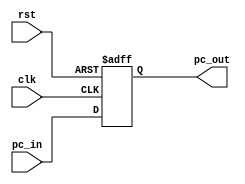
module pc(clk, rst, pc_in, pc_out);
	input clk, rst;
	input [31:0] pc_in;
	output [31:0] pc_out;
	
	//Internal wire
	wire rst;
	
	//Register
	reg [31:0] pc_out;
	
	//Initialize pc_out to 0
	initial begin
		pc_out = 32'd0;
	end
	
	//Set value of pc_out on positive edge of the clock or reset
	always @(posedge clk or posedge rst) begin
		if(rst) begin
				pc_out <= 32'd0;
		end else begin
			pc_out <= pc_in;
		end
	end
endmodule